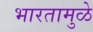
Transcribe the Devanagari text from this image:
भारतामुळे